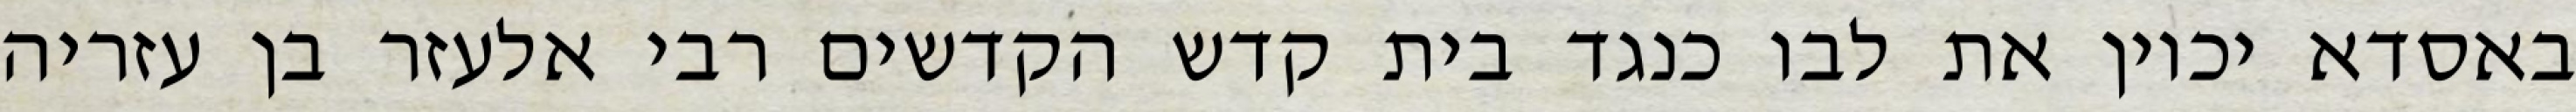
באסדא יכוין את לבו כנגד בית קדש הקדשים רבי אלעזר בן עזריה